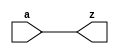
module tt_prim_buf #(
	parameter integer HIGH_DRIVE = 0
)(
	input  wire a,
	output wire z
);

	assign z = a;

endmodule